Civil Veterinary Department. United Provinces 1932-42 - 1932-1942
Year: 1932
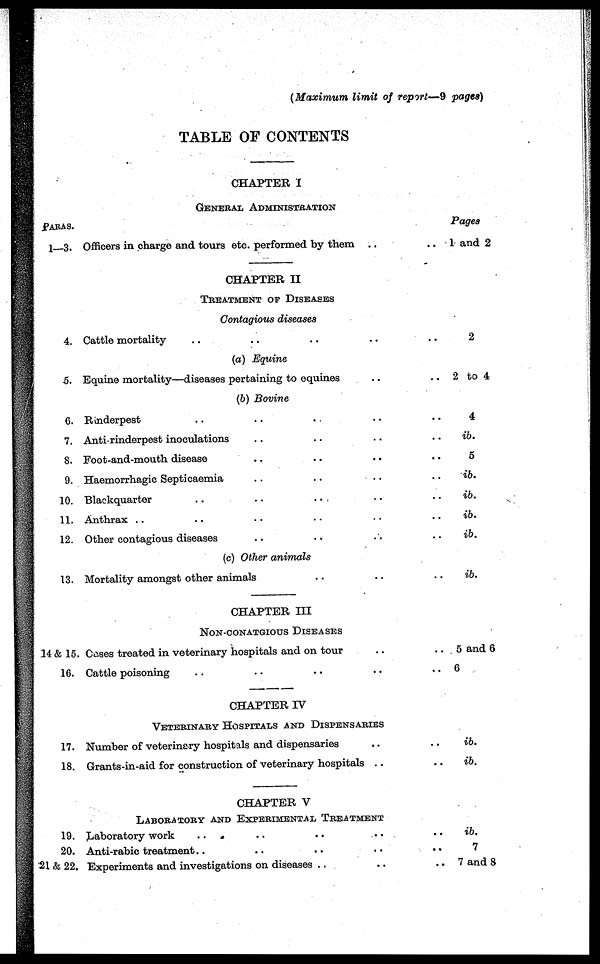
(Maximum limit of report—9 pages)
TABLE OF CONTENTS
CHAPTER I
GENERAL ADMINISTRATION
PARAS.
1—3.
4.
5.
6.
7.
8.
9.
10.
11.
12.
13.
14 & 15
16.
17.
18.
19.
20.
21 & 22.
Officers in charge and tours etc. performed by them ..
CHAPTER II
TREATMENT OF DISEASES
Contagious diseases
Cattle mortality .. .. .. ..
(a) Equine
Equine mortality—diseases pertaining to equines ..
(b) Bovine
Rinderpest .. .. .. ..
Anti-rinderpest inoculations .. .. ..
Foot-and-mouth disease .. .. ..
Haemorrhagic Septicaemia .. .. ..
Blackquarter
. .
. .
..
Anthrax .. .. .. .. ..
Other contagious diseases .. .. ..
(c) Other animals
Mortality amongst other animals .. ..
CHAPTER III
NON-CONATGIOUS DISEASES
Cases treated in veterinary hospitals and on tour ..
Cattle poisoning .. .. .. ..
CHAPTER IV
VETERINARY HOSPITALS AND DISPENSARIES
Number of veterinary hospitals and dispensaries ..
Grants-in-aid for construction of veterinary hospitals . .
CHAPTER V
LABORATORY AND EXPERIMENTAL TREATMENT
Laboratory work .. .. .. ..
Anti-rabic treatment .. .. .. ..
Experiments and investigations on diseases .. ..
Pages
..
1 and 2
.. 2
.. 2 to 4
.. 4
.. ib.
.. 5
.. ib.
.. ib.
.. ib.
.. ib.
.. ib.
.. 5 and 6
.. 6
.. ib.
.. ib.
.. ib.
7
.. 7 and 8